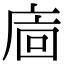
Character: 𢈺